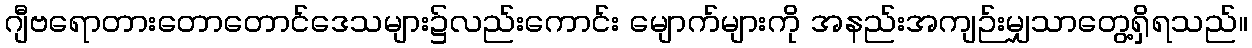
ဂျီဗရောတားတောတောင်ဒေသများ၌လည်းကောင်း မျောက်များကို အနည်းအကျဉ်းမျှသာတွေ့ရှိရသည်။